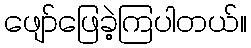
ဖျော်ဖြေခဲ့ကြပါတယ်။